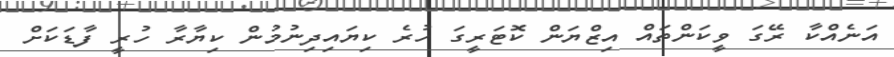
އަނެއްކާ ރޭގަ ވީކަންތައް އިޒްޔަން ކޮޓަރީގަ ހުރެ ކިޔައިދިނުމުން ކިޔާރާ ހުރީ ފާޑަކަށް